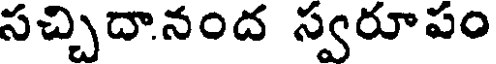
సచ్చిదానంద స్వరూపం